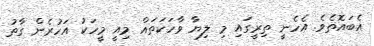
އެބައޮތެވެ. އެހެނީ ތިރީގައި މި ލިޔާ ވާހަކަތައް މިއީ މީހަކު އަހުރެން ގާތު